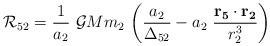
LaTeX: \begin{align*} \mathcal{R}_{52}=\frac{1}{a_2}\ \mathcal{G}Mm_2\ \bigg(\frac{a_2}{\Delta_{52}}-a_2\ \frac{\mathbf{r_5}\cdot\mathbf{r_2}}{r_2^3}\bigg)\end{align*}